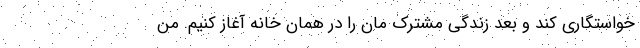
خواستگاری کند و بعد زندگی مشترک مان را در همان خانه آغاز کنیم. من